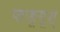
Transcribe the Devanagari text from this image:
प्तःङूगूश्